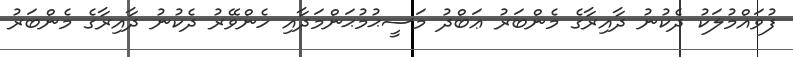
ފުވައްމުލަކު ދެކުނު ދާއިރާގެ މެންބަރު ޢަބްދު މަސީޙުމުޙަންމަދާއި ހެންވޭރު ދެކުނު ދާއިރާގެ މެންބަރު